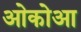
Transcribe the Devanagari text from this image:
ओकोआ